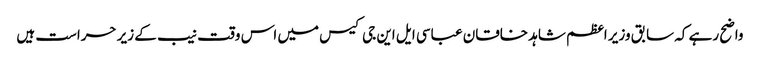
واضح رہے کہ سابق وزیر اعظم شاہد خاقان عباسی ایل این جی کیس میں اس وقت نیب کے زیر حراست ہیں